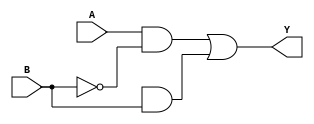
module XOR_gate (
    input A,
    input B,
    output Y
);

wire not_B;
wire T1, T2, T3;

assign not_B = ~B;

assign T1 = A & not_B;
assign T2 = not_A & B;
assign T3 = T1 | T2;

assign Y = T3;

endmodule